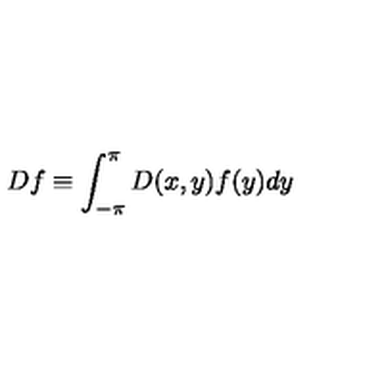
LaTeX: D f \equiv \int _ { - \pi } ^ { \pi } D ( x , y ) f ( y ) d y